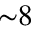
{ \sim } 8